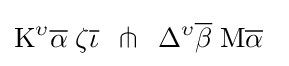
\mathrm {K} ^{\upsilon }{\overline {\alpha }}\;\zeta {\overline {\iota }}\;\,\pitchfork \;\,\Delta ^{\upsilon }{\overline {\beta }}\;\mathrm {M} {\overline {\alpha }}\,\;